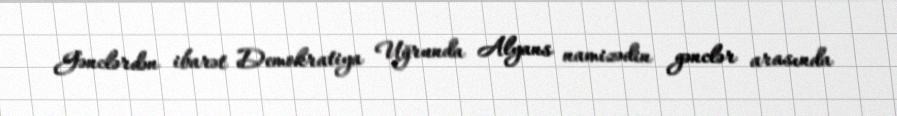
Gənclərdən ibarət Demokratiya Uğrunda Alyans namizədin gənclər arasında